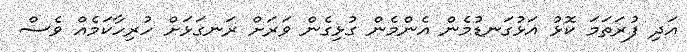
އަދި ފުރަތަމަ ކޮޅު އަޅުގަނޑުމެން އެންމެން ގުޅިގެން ވަރަށް ރަނގަޅަށް ހުރިހާކަމެއް ވެސް